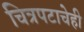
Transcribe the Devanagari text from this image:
चित्रपटाचेही